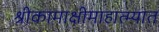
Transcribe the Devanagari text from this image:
श्रीकामाक्षीमाहात्म्यात